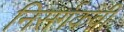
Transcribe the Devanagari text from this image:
निसर्गकवी